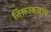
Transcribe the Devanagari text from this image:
तिक्ताकषाय